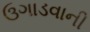
ઉગાડવાની